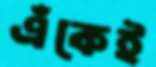
এঁকেই